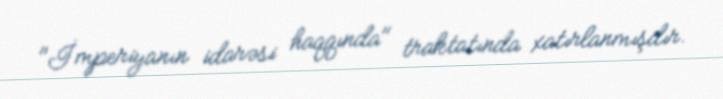
"İmperiyanın idarəsi haqqında" traktatında xatırlanmışdır.